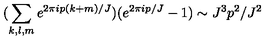
( \sum _ { k , l , m } e ^ { 2 \pi i p ( k + m ) / J } ) ( e ^ { 2 \pi i p / J } - 1 ) \sim J ^ { 3 } p ^ { 2 } / J ^ { 2 }